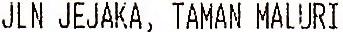
JLN JEJAKA, TAMAN MALURI